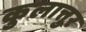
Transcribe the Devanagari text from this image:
कुलात्तुर